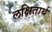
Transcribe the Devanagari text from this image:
लक्षितार्थ